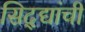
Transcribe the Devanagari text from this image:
सिद्द्यांची